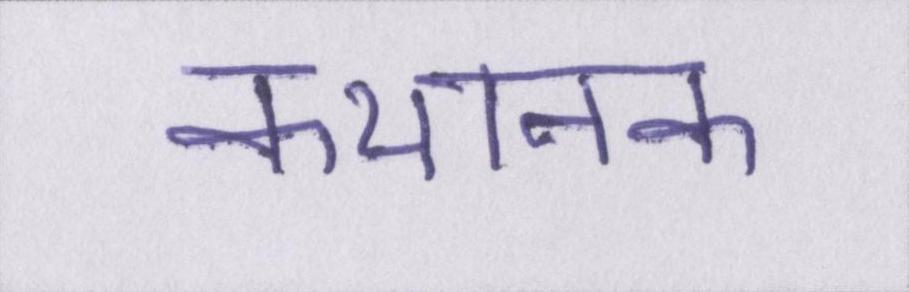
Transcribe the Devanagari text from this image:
कथानक